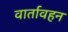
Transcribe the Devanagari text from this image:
वार्तावहन